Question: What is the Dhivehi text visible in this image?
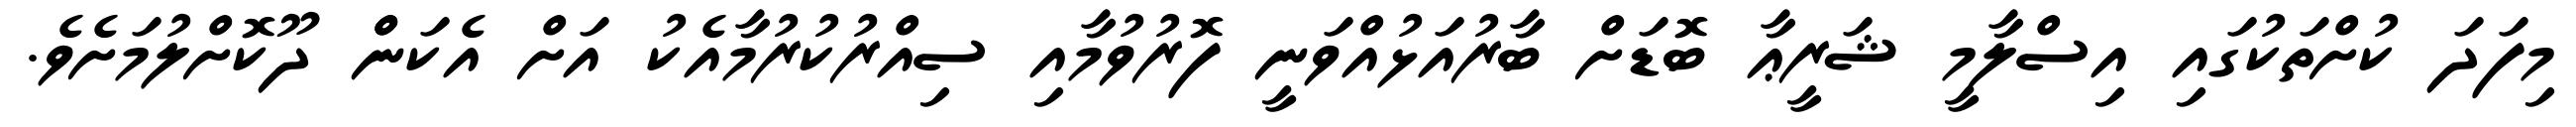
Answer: މިފަދަ ކުށްތަކުގައި އިސްލާމީ ޝަރީޢާ ބޮޑަށް ބާރުއަޅުއްވަނީ ފޮރުވުމާއި ސިއްރުކުރުމާއެކު އަށް އެކަންް ދޫކޮށްލުމަށެވެ.